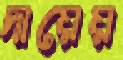
দায়েয়